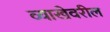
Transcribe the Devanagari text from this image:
व्याखेवरील